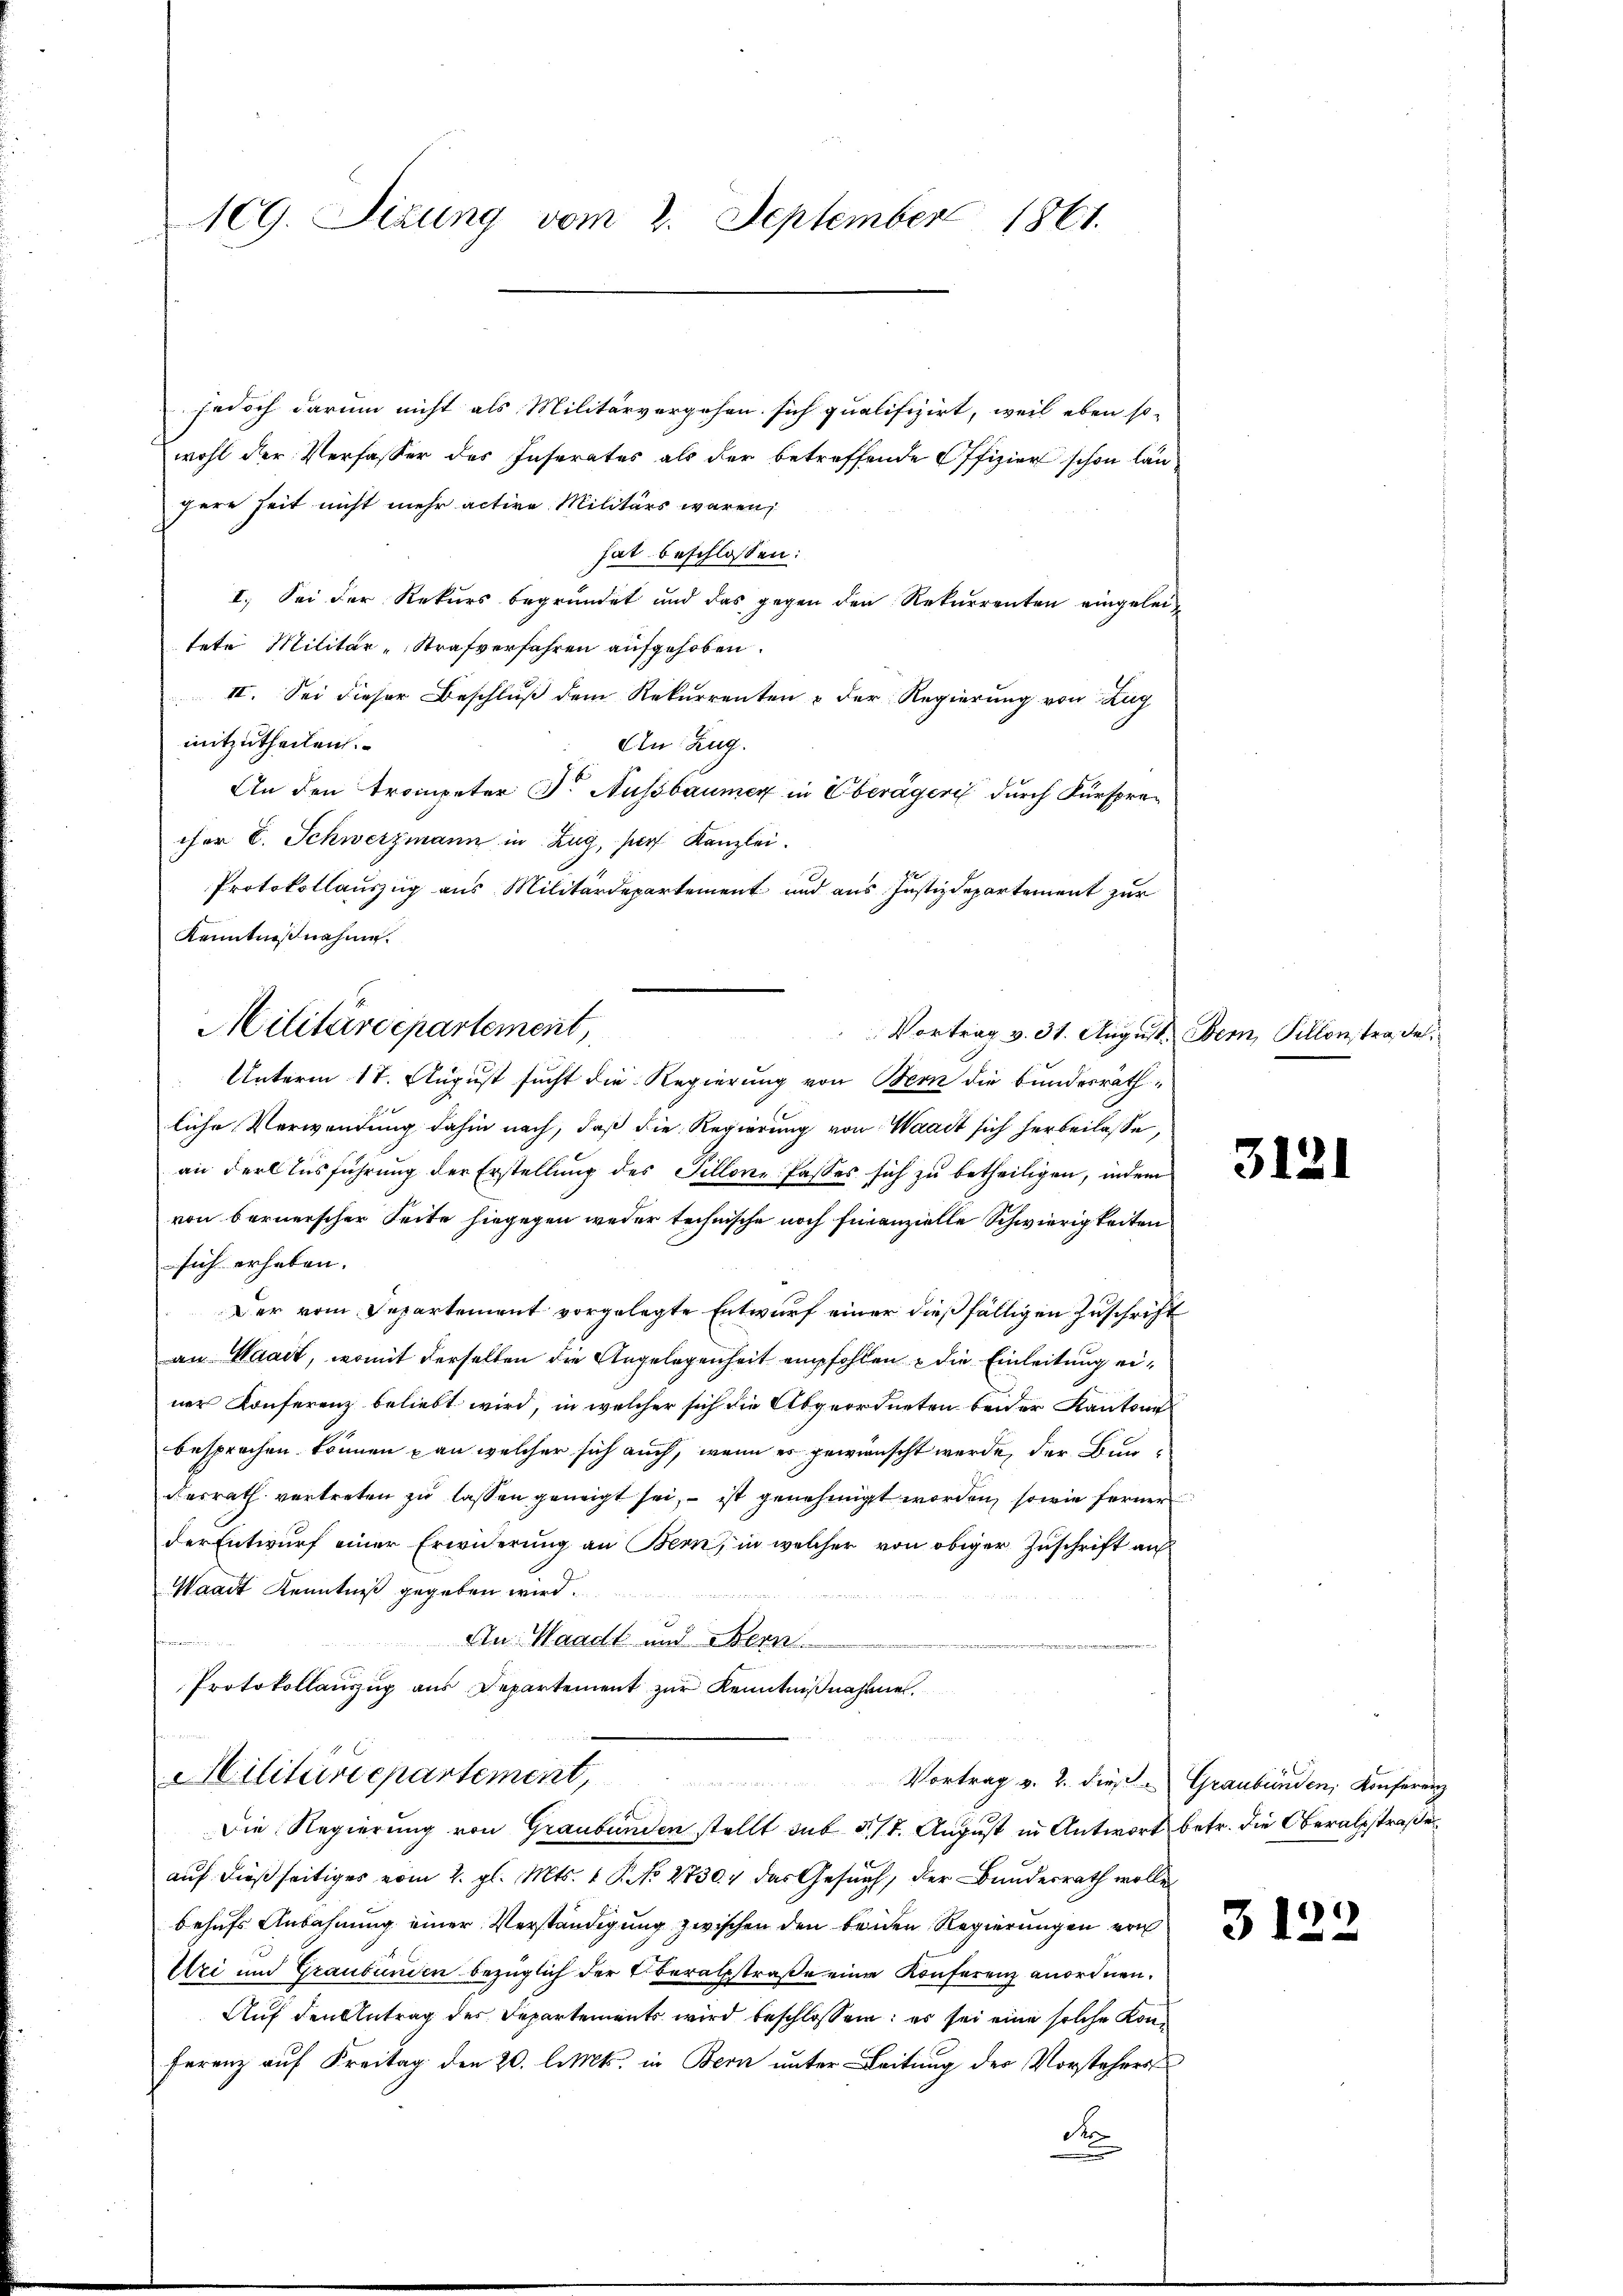
109. Sizung vom 2. September 1861.

jedoch darum nicht als Militärvergehen sich qualifizirt, weil eben so-
wohl der Verfasser des Inserates als der betreffende Offizier schon lanfere Zeit nicht mehr active Militärs waren,
hat beschlossen:
I. Sei der Rekurs begründet und das gegen den Rekurrenten eingeleitete Militär-Strafverfahren aufgehoben.
II. Sei dieser Beschluß dem Rekurrenten & der Regierung von Zug
mitzutheilen.
An: Zug.
An den Trompeter Dr. Ausbaumer in Oberägeri durch Fürsprecher E. Schwerzmann in Zug, ser Kanzlei.
Protokollauszug aus Militärdepartement und aus Justizdepartement zur
Kenntnißnahme.
Unterm 17. August sucht die Regierung von Bern die bundesräthliche Verwendung dahin nach, daß die Regierung von Waadt sich herbeilasse,
an der Aŭsführŭng der Erstellŭng des Fillone fasses sich zŭ betheiligen, indem
von bernerscher Seite hingegen weder technische noch finanzielle Schwierigkeiten
sich erheben.
Der vom Departement vorgelegte Entwurf einer dießfälligen Zuschrift
an Waadt, womit derselben die Angelegenheit empfohlen die Einleitung einer Konferenz beliebt wird, in welcher sich die Abgeordneten beider Kantone
besprochen können an welcher sich auch, wenn er gewünscht werde, der Bundesrath vertreten zu lassen geneigt sei, – ist genehmigt worden, sowie ferner
der Entwurf einer Erwiderung an Bern, in welcher von obiger Zuschrift auf
Waadt Kenntniß gegeben wird.
u. Bernennereinsenamt in und in den sehen den
An Waadt und Bern

Protokollauszug aus Departement zur Kenntnißnahme.

Militärdepartement,

Vortrag v. 31. August. Bern, Sillons tra de

e
Ailitärdepartement
Vortrag v. 2. dieß. Graubünden, Konferenz

Die Regierung von Graubünden stellt sub 5/7. August in Antwort betr. die Oberalstraße
auf dießseitiges vom 2. gl. Mts. 1 P. No 2730. das Gesuch, der Bundesrath wolle
behufs Anbahnung einer Verständigung zwischen den beiden Regierungen von
Uri und Graubünden bezüglich der Oberatsstraße eine Konferenz anordnen.
Auf den Antrag des Departements wird beschlossen: es sei eine solche Kon¬
Ferenz auf Freitag den 20. l. Mts. in Bern unter Leitung der Vorstehers
No

3121

3122